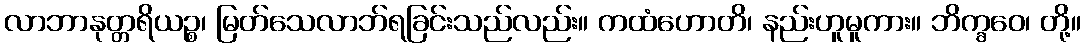
လာဘာနုတ္တရိယဉ္စ၊ မြတ်သေလာဘ်ရခြင်းသည်လည်း။ ကထံဟောတိ၊ နည်းဟူမူကား။ ဘိက္ခဝေ၊ တို့။